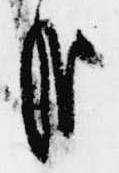
哉